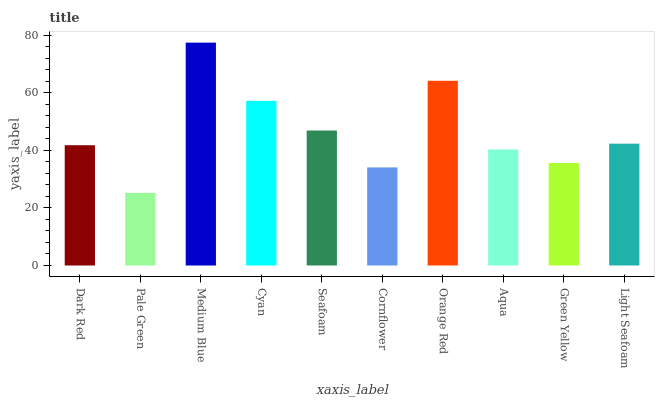
| xaxis_label | bars |
 | --- | --- |
 | Dark Red | 41.8 |
 | Pale Green | 25.2 |
 | Medium Blue | 77.4 |
 | Cyan | 57.2 |
 | Seafoam | 46.9 |
 | Cornflower | 34.1 |
 | Orange Red | 64.2 |
 | Aqua | 40.3 |
 | Green Yellow | 35.6 |
 | Light Seafoam | 42.3 |